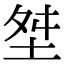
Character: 㘶